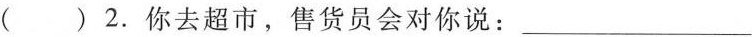
( ) 2. 你去超市,售货员会对你说： ___